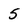
Character: 5